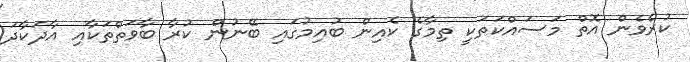
ކުރެވެން އޮތް މަސައްކަތަކީ ތިމާގެ ކެއިން ބުއިމުގައި ބޭނުން ކުރާ ބާވަތްތަކާއި އާދަކާދަ